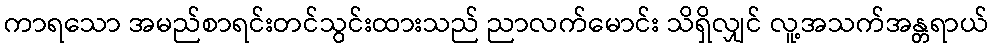
ကာရသော အမည်စာရင်းတင်သွင်းထားသည် ညာလက်မောင်း သိရှိလျှင် လူ့အသက်အန္တရာယ်